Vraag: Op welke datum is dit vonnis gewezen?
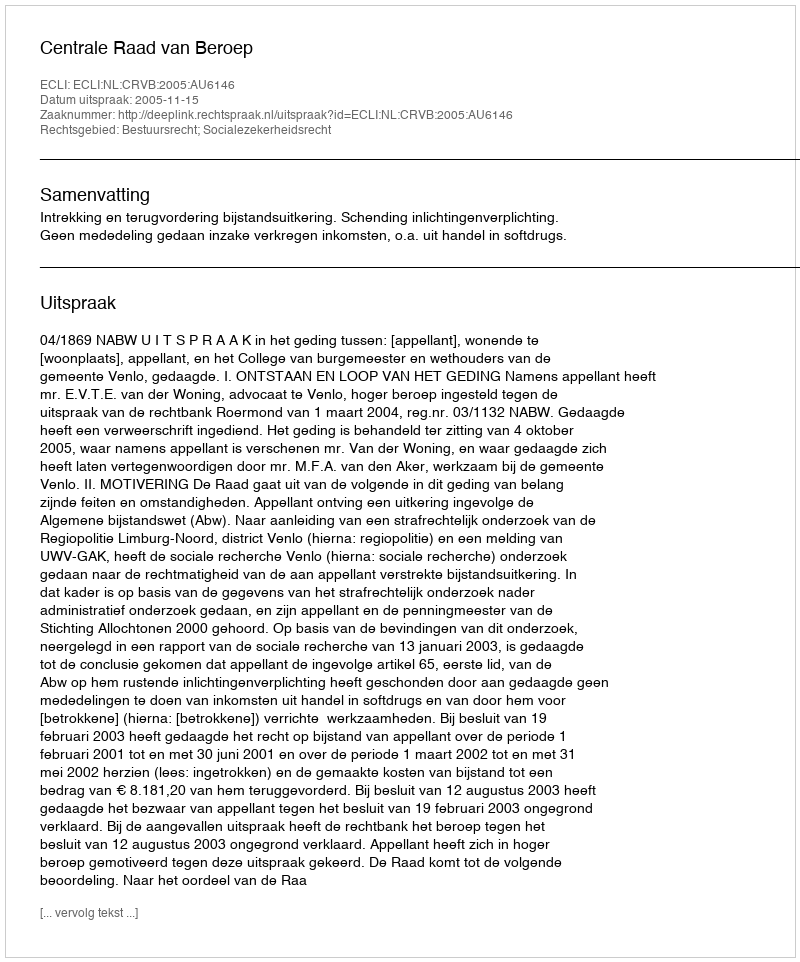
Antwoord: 2005-11-15